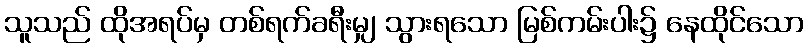
သူသည် ထိုအရပ်မှ တစ်ရက်ခရီးမျှ သွားရသော မြစ်ကမ်းပါး၌ နေထိုင်သော